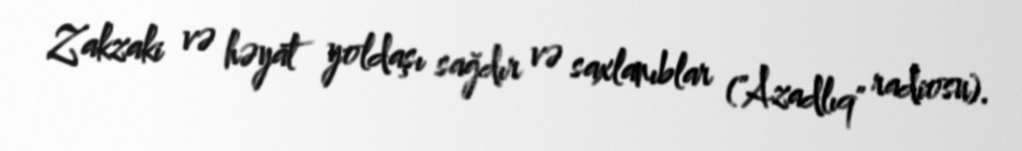
Zakzaki və həyat yoldaşı sağdır və saxlanıblar ("Azadlıq" radiosu).